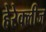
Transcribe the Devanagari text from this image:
हेरेक्लीज